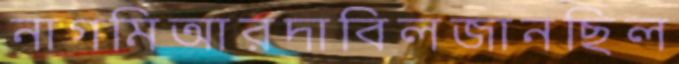
নাগমিআরদাবিলজানছিল